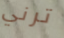
ترني